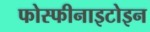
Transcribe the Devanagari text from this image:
फोस्फीनाइटोइन